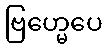
ဗြဟ္မေပေ